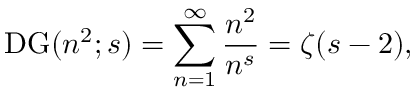
\operatorname { D G } ( n ^ { 2 } ; s ) = \sum _ { n = 1 } ^ { \infty } { \frac { n ^ { 2 } } { n ^ { s } } } = \zeta ( s - 2 ) ,